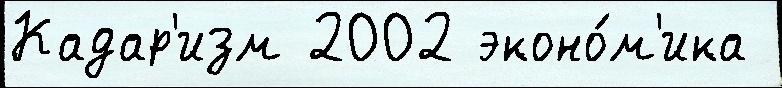
Кадар'изм 2002 эконо́м'ика